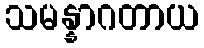
သမန္နာဂတာယ